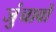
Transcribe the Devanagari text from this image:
जुंचावो